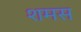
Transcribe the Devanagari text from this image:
शमस